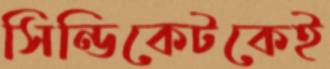
সিন্ডিকেটকেই